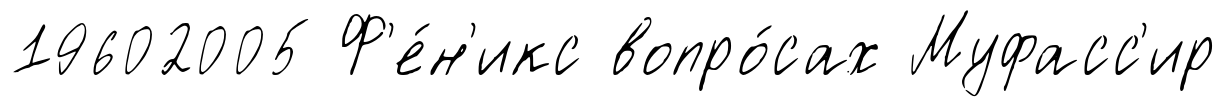
19602005 Ф'е́н'икс вопро́сах Муфасс'ир